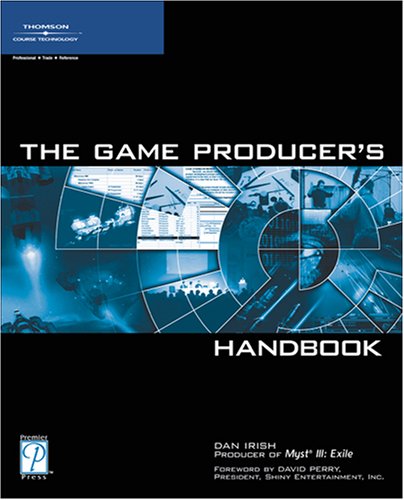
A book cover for The Game Producer's Handbook; Dan Irish; Computers & Technology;